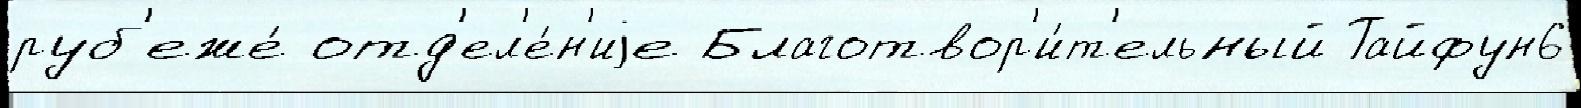
руб'еже́ отд'ел'е́н'иjе Благотвор'и́т'ельный Тайфун6